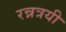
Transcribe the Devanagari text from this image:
रन्नत्रयी